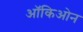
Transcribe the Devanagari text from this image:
ऑकिओन